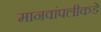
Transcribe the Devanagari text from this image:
मानवांपलीकडे